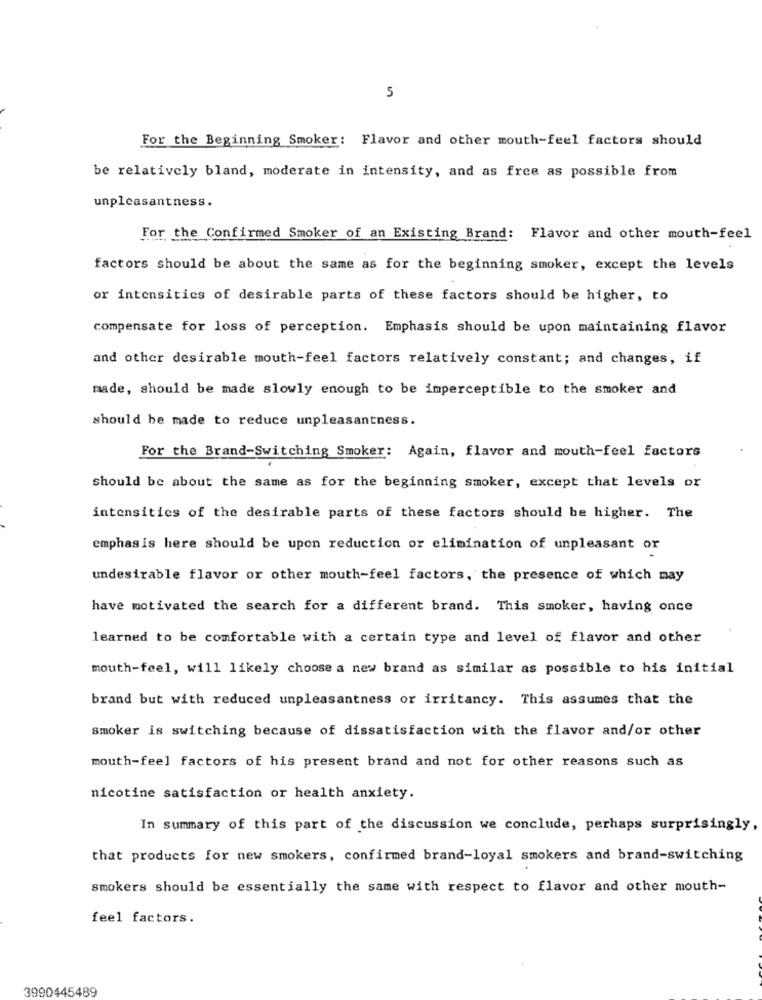
5
For the Beginning Smoker: Flavor and other mouth-feel factors should
be relatively bland, moderate in intensity, and as free as possible from
unpleasantness.
For the Confirmed Smoker of an Existing Brand: Flavor and other mouth-feel
factors should be about the same as for the beginning smoker, except the levels
or intensities of desirable parts of these factors should be higher, to
compensate for loss of perception. Emphasis should be upon maintaining flavor
and other desirable mouth-feel factors relatively constant; and changes, if
made, should be made slowly enough to be imperceptible to the smoker and
should be made to reduce unpleasantness.
For the Brand-Switching Smoker: Again, flavor and mouth-feel factors
should be about the same as for the beginning smoker, except that levels or
intensities of the desirable parts of these factors should be higher. The
emphasis here should be upon reduction or elimination of unpleasant or
undesirable flavor or other mouth-feel factors, the presence of which may
have motivated the search for a different brand. This smoker, having once
learned to be comfortable with a certain type and level of flavor and other
mouth-feel, will likely choose a new brand as similar as possible to his initial
brand but with reduced unpleasantness or irritancy. This assumes that the
Smoker is switching because of dissatisfaction with the flavor and/or other
mouth-feel factors of his present brand and not for other reasons such as
nicotine satisfaction or health anxiety.
In summary of this part of the discussion we conclude, perhaps surprisingly,
that products for new smokers, confirmed brand-loyal smokers and brand-switching
smokers should be essentially the same with respect to flavor and other mouth-
feel factors.
3990445489